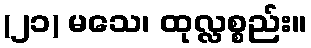
(၂၁) မသေ၊ ထုလ္လစ္စည်း။